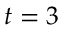
t = 3